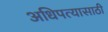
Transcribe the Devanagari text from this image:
अधिपत्यासाठी